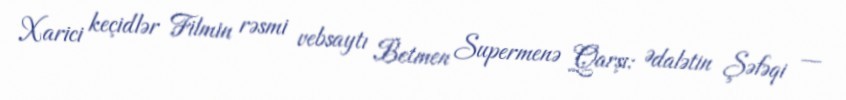
Xarici keçidlər Filmin rəsmi vebsaytı Betmen Supermenə Qarşı: Ədalətin Şəfəqi —